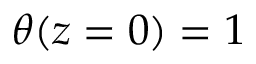
\theta ( z = 0 ) = 1